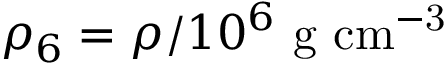
\rho _ { 6 } = \rho / 1 0 ^ { 6 } \ \mathrm { g \ c m ^ { - 3 } }